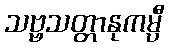
သဗ္ဗသတ္တာနုကမ္ပီ